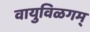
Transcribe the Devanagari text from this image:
वायुविळगम्